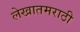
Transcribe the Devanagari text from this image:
लेखातमराठी